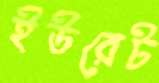
ইউরেট